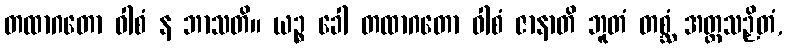
တထာဂတော ဝါစံ န ဘာသတိ။ ယဉ္စ ခေါ တထာဂတော ဝါစံ ဇာနာတိ ဘူတံ တစ္ဆံ အတ္ထသဉှိတံ,